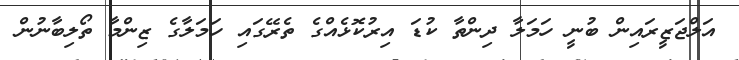
އަލްޖަޒީރައިން ބުނީ ހަމަލާ ދިންތާ ކުޑަ އިރުކޮޅެއްގެ ތެރޭގައި ހަމަލާގެ ޒިންމާ ތޯލިބާނުން